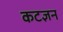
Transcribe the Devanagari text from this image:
कटज्ञन